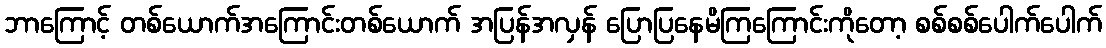
ဘာကြောင့် တစ်ယောက်အကြောင်းတစ်ယောက် အပြန်အလှန် ပြောပြနေမိကြကြောင်းကိုတော့ စစ်စစ်ပေါက်ပေါက်